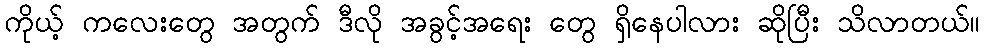
ကိုယ့် ကလေးတွေ အတွက် ဒီလို အခွင့်အရေး တွေ ရှိနေပါလား ဆိုပြီး သိလာတယ်။